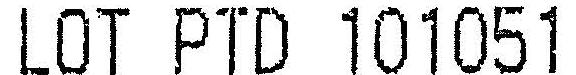
LOT PTD 101051